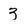
Character: 3